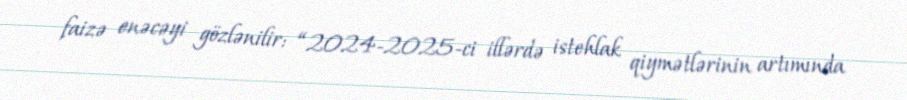
faizə enəcəyi gözlənilir: “2024-2025-ci illərdə istehlak qiymətlərinin artımında